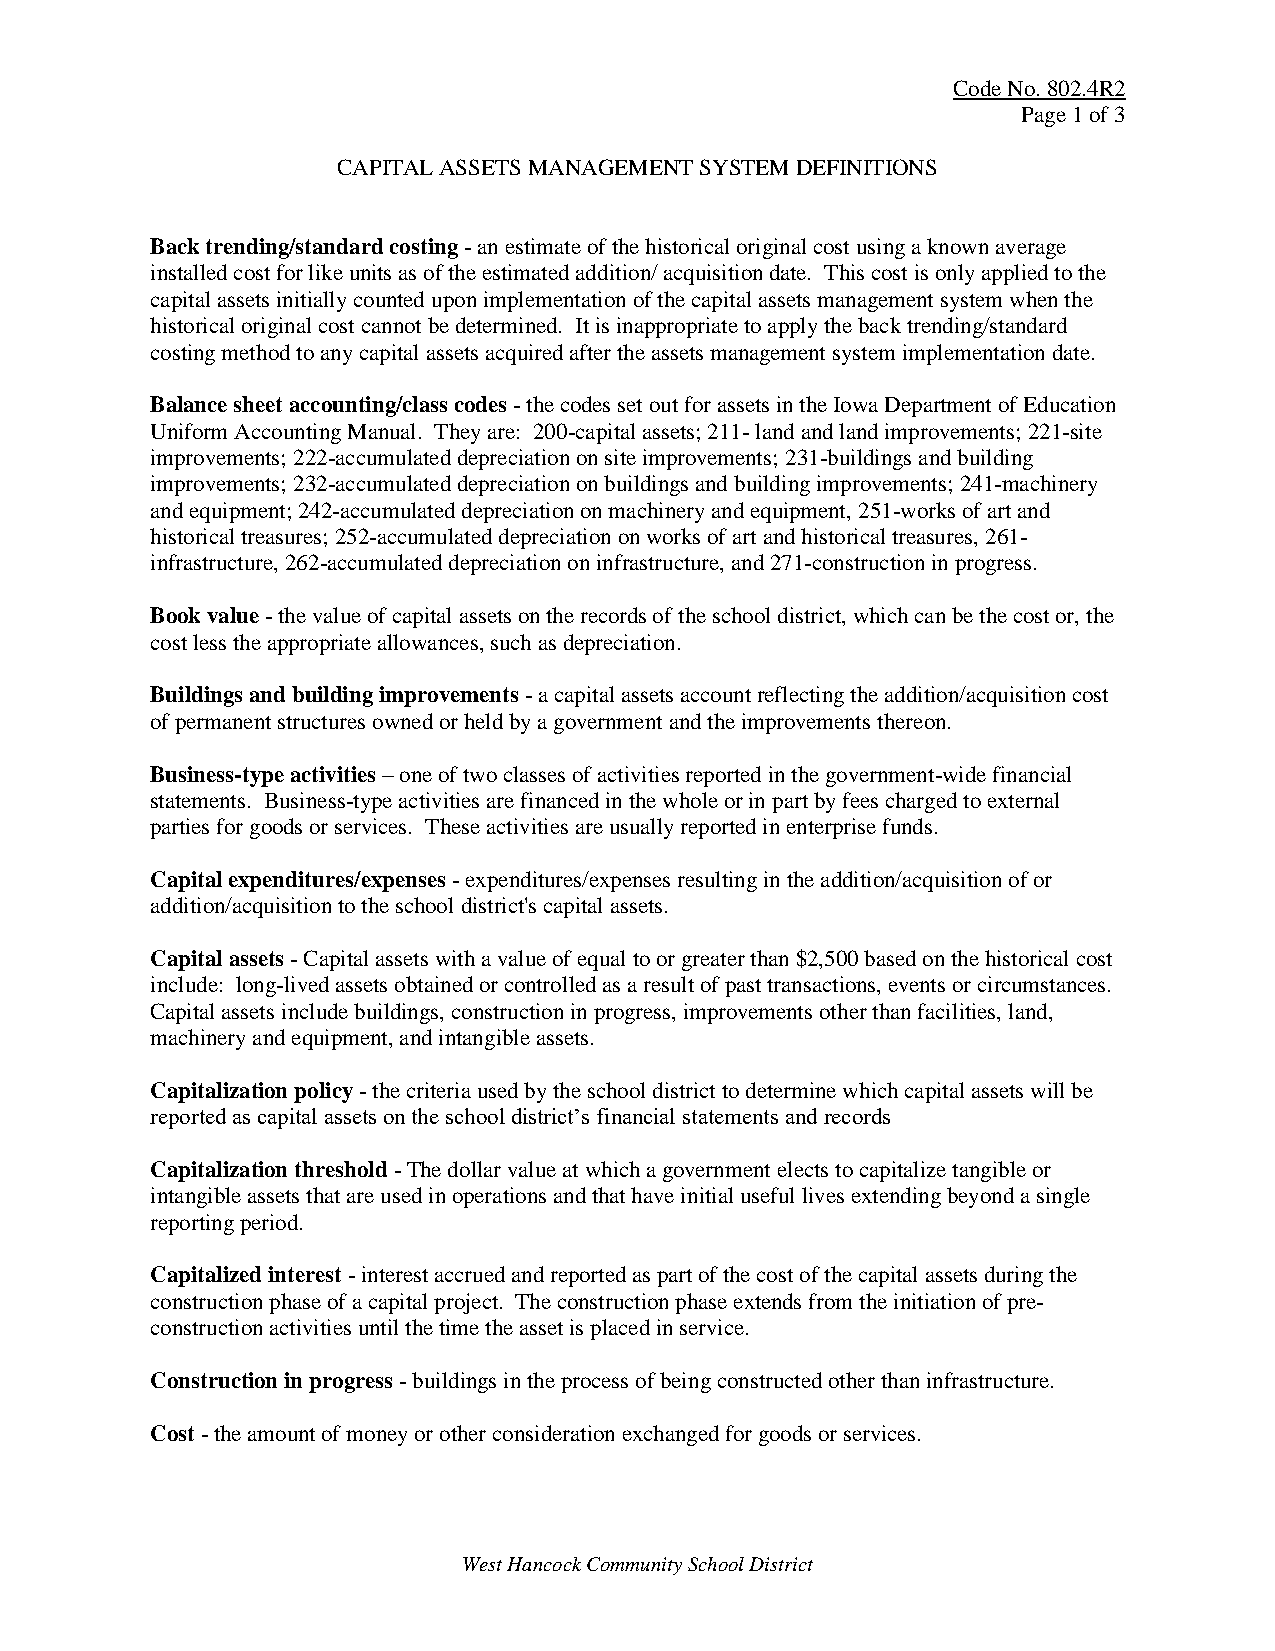
Code No. 802.4R2
 Page 1 of 3
 CAPITAL ASSETS MANAGEMENT SYSTEM DEFINITIONS
 Back trending/standard costing - an estimate of the historical original cost using a known average
 installed cost for like units as of the estimated addition/ acquisition date. This cost is only applied to the
 capital assets initially counted upon implementation of the capital assets management system when the
 historical original cost cannot be determined. It is inappropriate to apply the back trending/standard
 costing method to any capital assets acquired after the assets management system implementation date.
 Balance sheet accounting/class codes - the codes set out for assets in the Iowa Department of Education
 Uniform Accounting Manual. They are: 200-capital assets; 211- land and land improvements; 221-site
 improvements; 222-accumulated depreciation on site improvements; 231-buildings and building
 improvements; 232-accumulated depreciation on buildings and building improvements; 241-machinery
 and equipment; 242-accumulated depreciation on machinery and equipment, 251-works of art and
 historical treasures; 252-accumulated depreciation on works of art and historical treasures, 261-
 infrastructure, 262-accumulated depreciation on infrastructure, and 271-construction in progress.
 Book value - the value of capital assets on the records of the school district, which can be the cost or, the
 cost less the appropriate allowances, such as depreciation.
 Buildings and building improvements - a capital assets account reflecting the addition/acquisition cost
 of permanent structures owned or held by a government and the improvements thereon.
 Business-type activities – one of two classes of activities reported in the government-wide financial
 statements. Business-type activities are financed in the whole or in part by fees charged to external
 parties for goods or services. These activities are usually reported in enterprise funds.
 Capital expenditures/expenses - expenditures/expenses resulting in the addition/acquisition of or
 addition/acquisition to the school district's capital assets.
 Capital assets - Capital assets with a value of equal to or greater than $2,500 based on the historical cost
 include: long-lived assets obtained or controlled as a result of past transactions, events or circumstances.
 Capital assets include buildings, construction in progress, improvements other than facilities, land,
 machinery and equipment, and intangible assets.
 Capitalization policy - the criteria used by the school district to determine which capital assets will be
 reported as capital assets on the school district’s financial statements and records
 Capitalization threshold - The dollar value at which a government elects to capitalize tangible or
 intangible assets that are used in operations and that have initial useful lives extending beyond a single
 reporting period.
 Capitalized interest - interest accrued and reported as part of the cost of the capital assets during the
 construction phase of a capital project. The construction phase extends from the initiation of pre-
 construction activities until the time the asset is placed in service.
 Construction in progress - buildings in the process of being constructed other than infrastructure.
 Cost - the amount of money or other consideration exchanged for goods or services.
 West Hancock Community School District